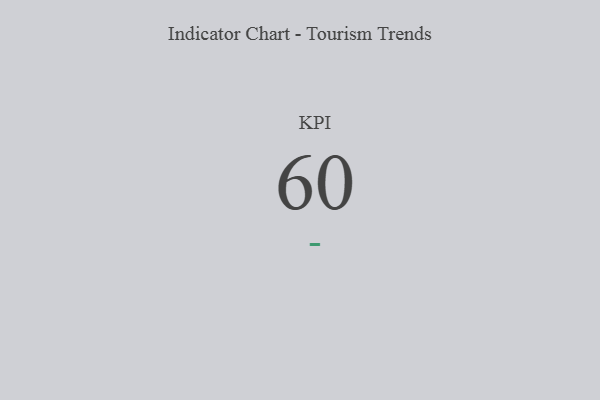
{"axis": {"x": "KPI", "y": "Value"}, "legend": [""], "data": [{"x": "KPI", "y": 60, "type": ""}]}